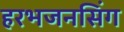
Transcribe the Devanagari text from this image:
हरभजनसिंग